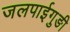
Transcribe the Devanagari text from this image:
जलपाईगुङी